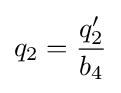
q_{2}={\dfrac {q_{2}'}{b_{4}}}